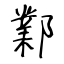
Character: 鄴